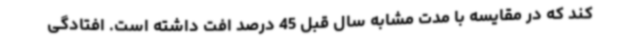
کند که در مقایسه با مدت مشابه سال قبل 45 درصد افت داشته است. افتادگی